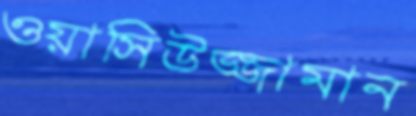
ওয়াসিউজ্জামান